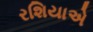
રશિયાએ